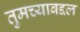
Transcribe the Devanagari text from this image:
तुमच्याबद्दल